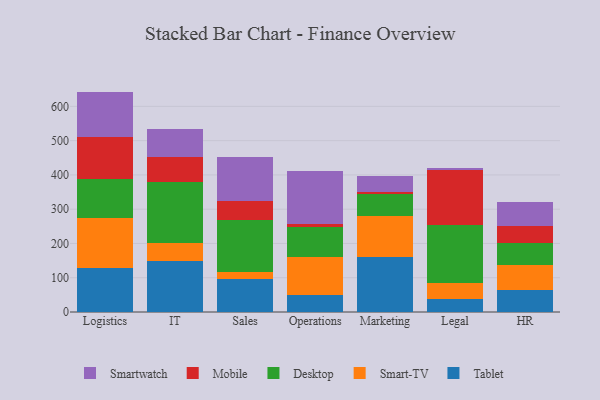
{"axis": {"x": "Department", "y": "Budget (USD K)"}, "legend": ["Desktop", "Mobile", "Smart-TV", "Smartwatch", "Tablet"], "data": [{"x": "Logistics", "y": 128.0, "type": "Tablet"}, {"x": "Logistics", "y": 145.4, "type": "Smart-TV"}, {"x": "Logistics", "y": 113.4, "type": "Desktop"}, {"x": "Logistics", "y": 125.2, "type": "Mobile"}, {"x": "Logistics", "y": 131.1, "type": "Smartwatch"}, {"x": "IT", "y": 149.3, "type": "Tablet"}, {"x": "IT", "y": 52.5, "type": "Smart-TV"}, {"x": "IT", "y": 176.5, "type": "Desktop"}, {"x": "IT", "y": 73.8, "type": "Mobile"}, {"x": "IT", "y": 80.9, "type": "Smartwatch"}, {"x": "Sales", "y": 97.0, "type": "Tablet"}, {"x": "Sales", "y": 19.1, "type": "Smart-TV"}, {"x": "Sales", "y": 151.1, "type": "Desktop"}, {"x": "Sales", "y": 56.8, "type": "Mobile"}, {"x": "Sales", "y": 127.6, "type": "Smartwatch"}, {"x": "Operations", "y": 50.9, "type": "Tablet"}, {"x": "Operations", "y": 108.9, "type": "Smart-TV"}, {"x": "Operations", "y": 89.4, "type": "Desktop"}, {"x": "Operations", "y": 8.6, "type": "Mobile"}, {"x": "Operations", "y": 154.9, "type": "Smartwatch"}, {"x": "Marketing", "y": 161.7, "type": "Tablet"}, {"x": "Marketing", "y": 118.1, "type": "Smart-TV"}, {"x": "Marketing", "y": 63.1, "type": "Desktop"}, {"x": "Marketing", "y": 7.9, "type": "Mobile"}, {"x": "Marketing", "y": 46.3, "type": "Smartwatch"}, {"x": "Legal", "y": 37.8, "type": "Tablet"}, {"x": "Legal", "y": 47.0, "type": "Smart-TV"}, {"x": "Legal", "y": 169.3, "type": "Desktop"}, {"x": "Legal", "y": 158.9, "type": "Mobile"}, {"x": "Legal", "y": 6.0, "type": "Smartwatch"}, {"x": "HR", "y": 65.1, "type": "Tablet"}, {"x": "HR", "y": 73.5, "type": "Smart-TV"}, {"x": "HR", "y": 64.1, "type": "Desktop"}, {"x": "HR", "y": 47.5, "type": "Mobile"}, {"x": "HR", "y": 71.8, "type": "Smartwatch"}]}